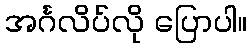
အင်္ဂလိပ်လို ပြောပါ။